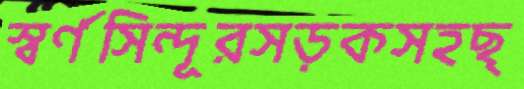
স্বর্ণসিন্দূরসড়কসহছ্